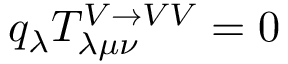
q _ { \lambda } T _ { \lambda \mu \nu } ^ { V \rightarrow V V } = 0